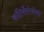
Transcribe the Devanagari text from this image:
कॉटिर्सेस्टेरॉयड